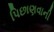
પિછાણવાની